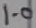
Text: 1.0